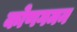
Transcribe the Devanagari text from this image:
कोणगमन